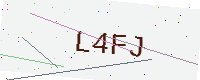
Text: L4FJ